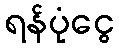
ရန်ပုံငွေ